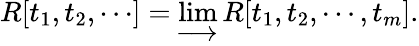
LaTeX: R[t_{1},t_{2},\cdots]=\varinjlim R[t_{1},t_{2},\cdots,t_{m}].